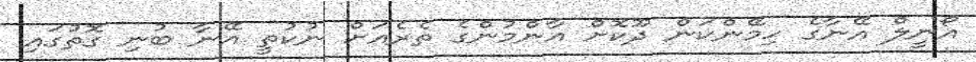
އޯނީލް އޭނާގެ ހިމޭންކަން ދޫކޮށް އާންމުންގެ ތެރެއަށް ނުކުތީ އޭނާ ބުނި ގޮތުގައި